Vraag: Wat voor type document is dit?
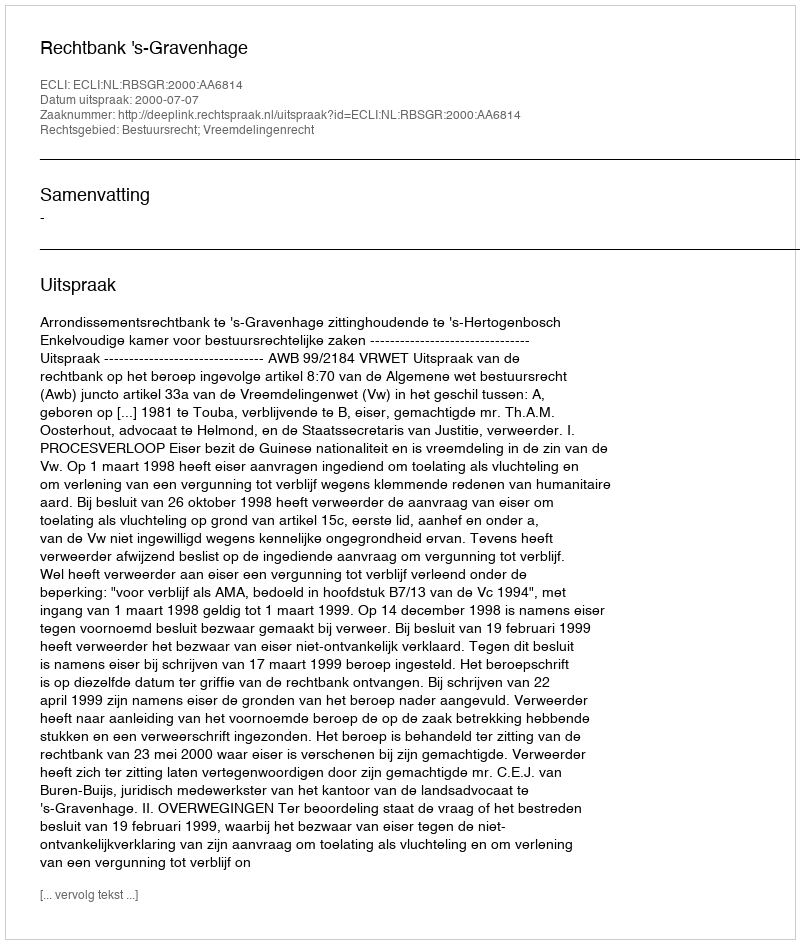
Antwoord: Uitspraak